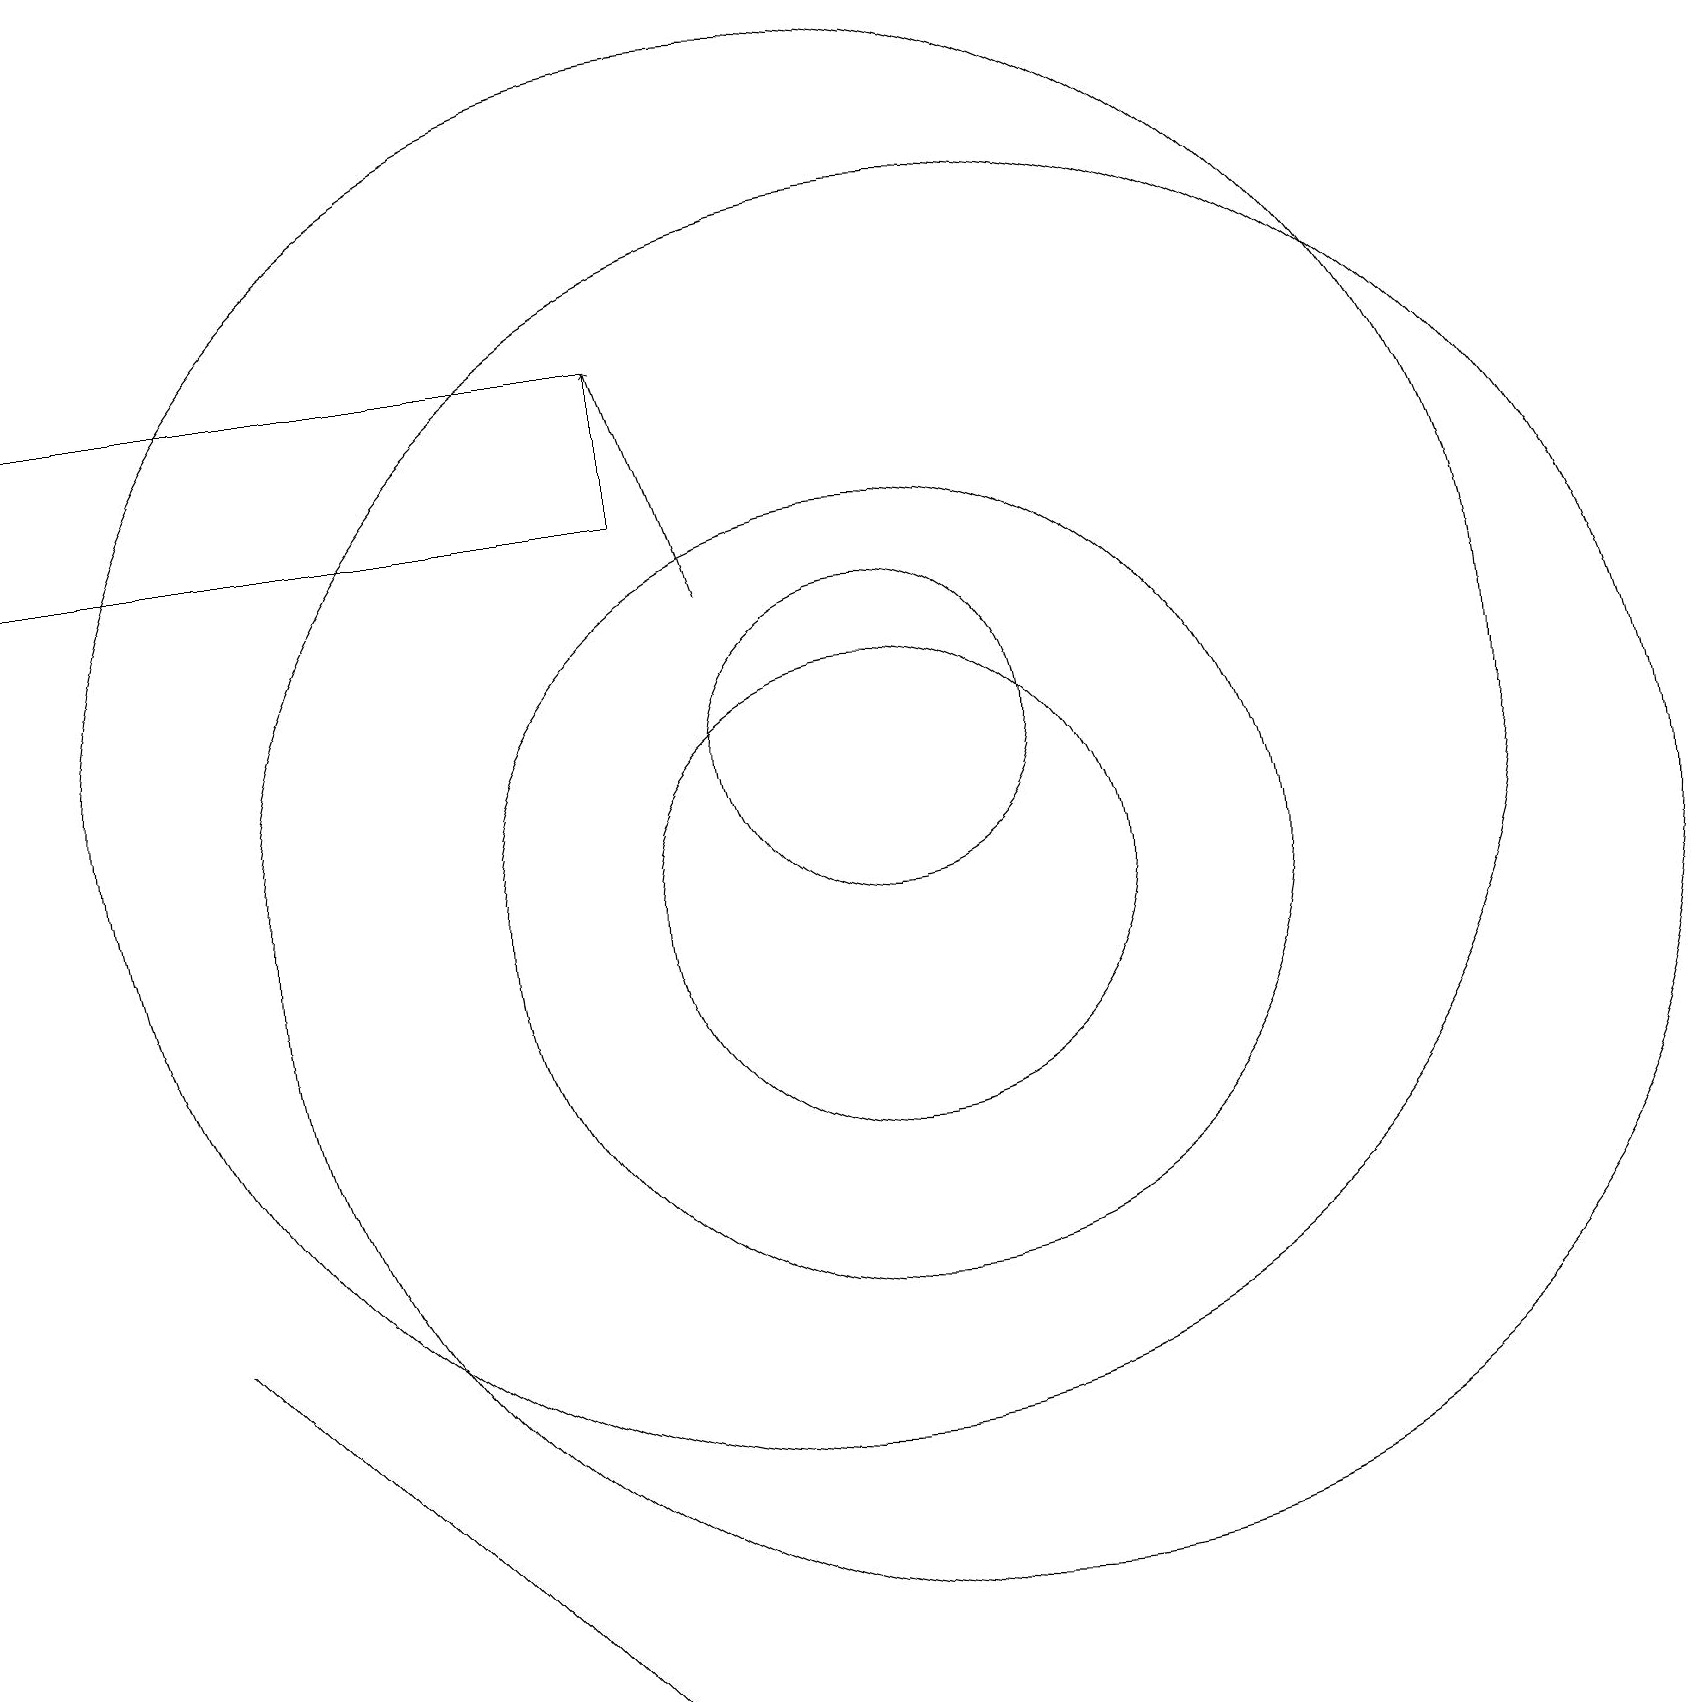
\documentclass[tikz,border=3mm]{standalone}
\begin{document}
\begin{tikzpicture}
\draw (7,0) -- (2,5) -- (2,5) -- cycle;
\draw (11,10) circle (5);
\draw (11,12) circle (2);
\draw (10,12) circle (9);
\draw (11,10) circle (3);
\draw (0,15) rectangle (8,17);
\draw[->] (9,14) -- (8,17);
\draw (12,10) circle (9);
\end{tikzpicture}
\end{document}